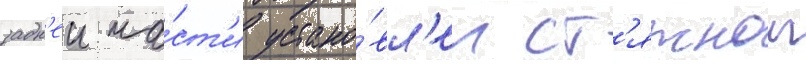
задн'еи ча́ст'и устано́вл'ен ст'яжнои